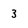
Character: 3